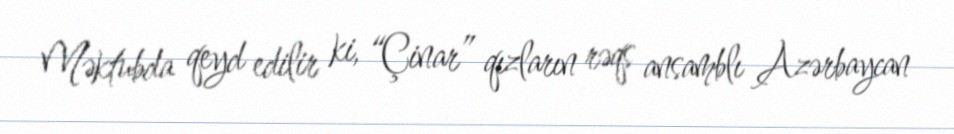
Məktubda qeyd edilir ki, “Çinar” qızların rəqs ansamblı Azərbaycan